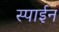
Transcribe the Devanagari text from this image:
स्पाईन